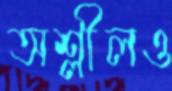
অশ্লীলও